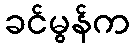
ခင်မွန်က